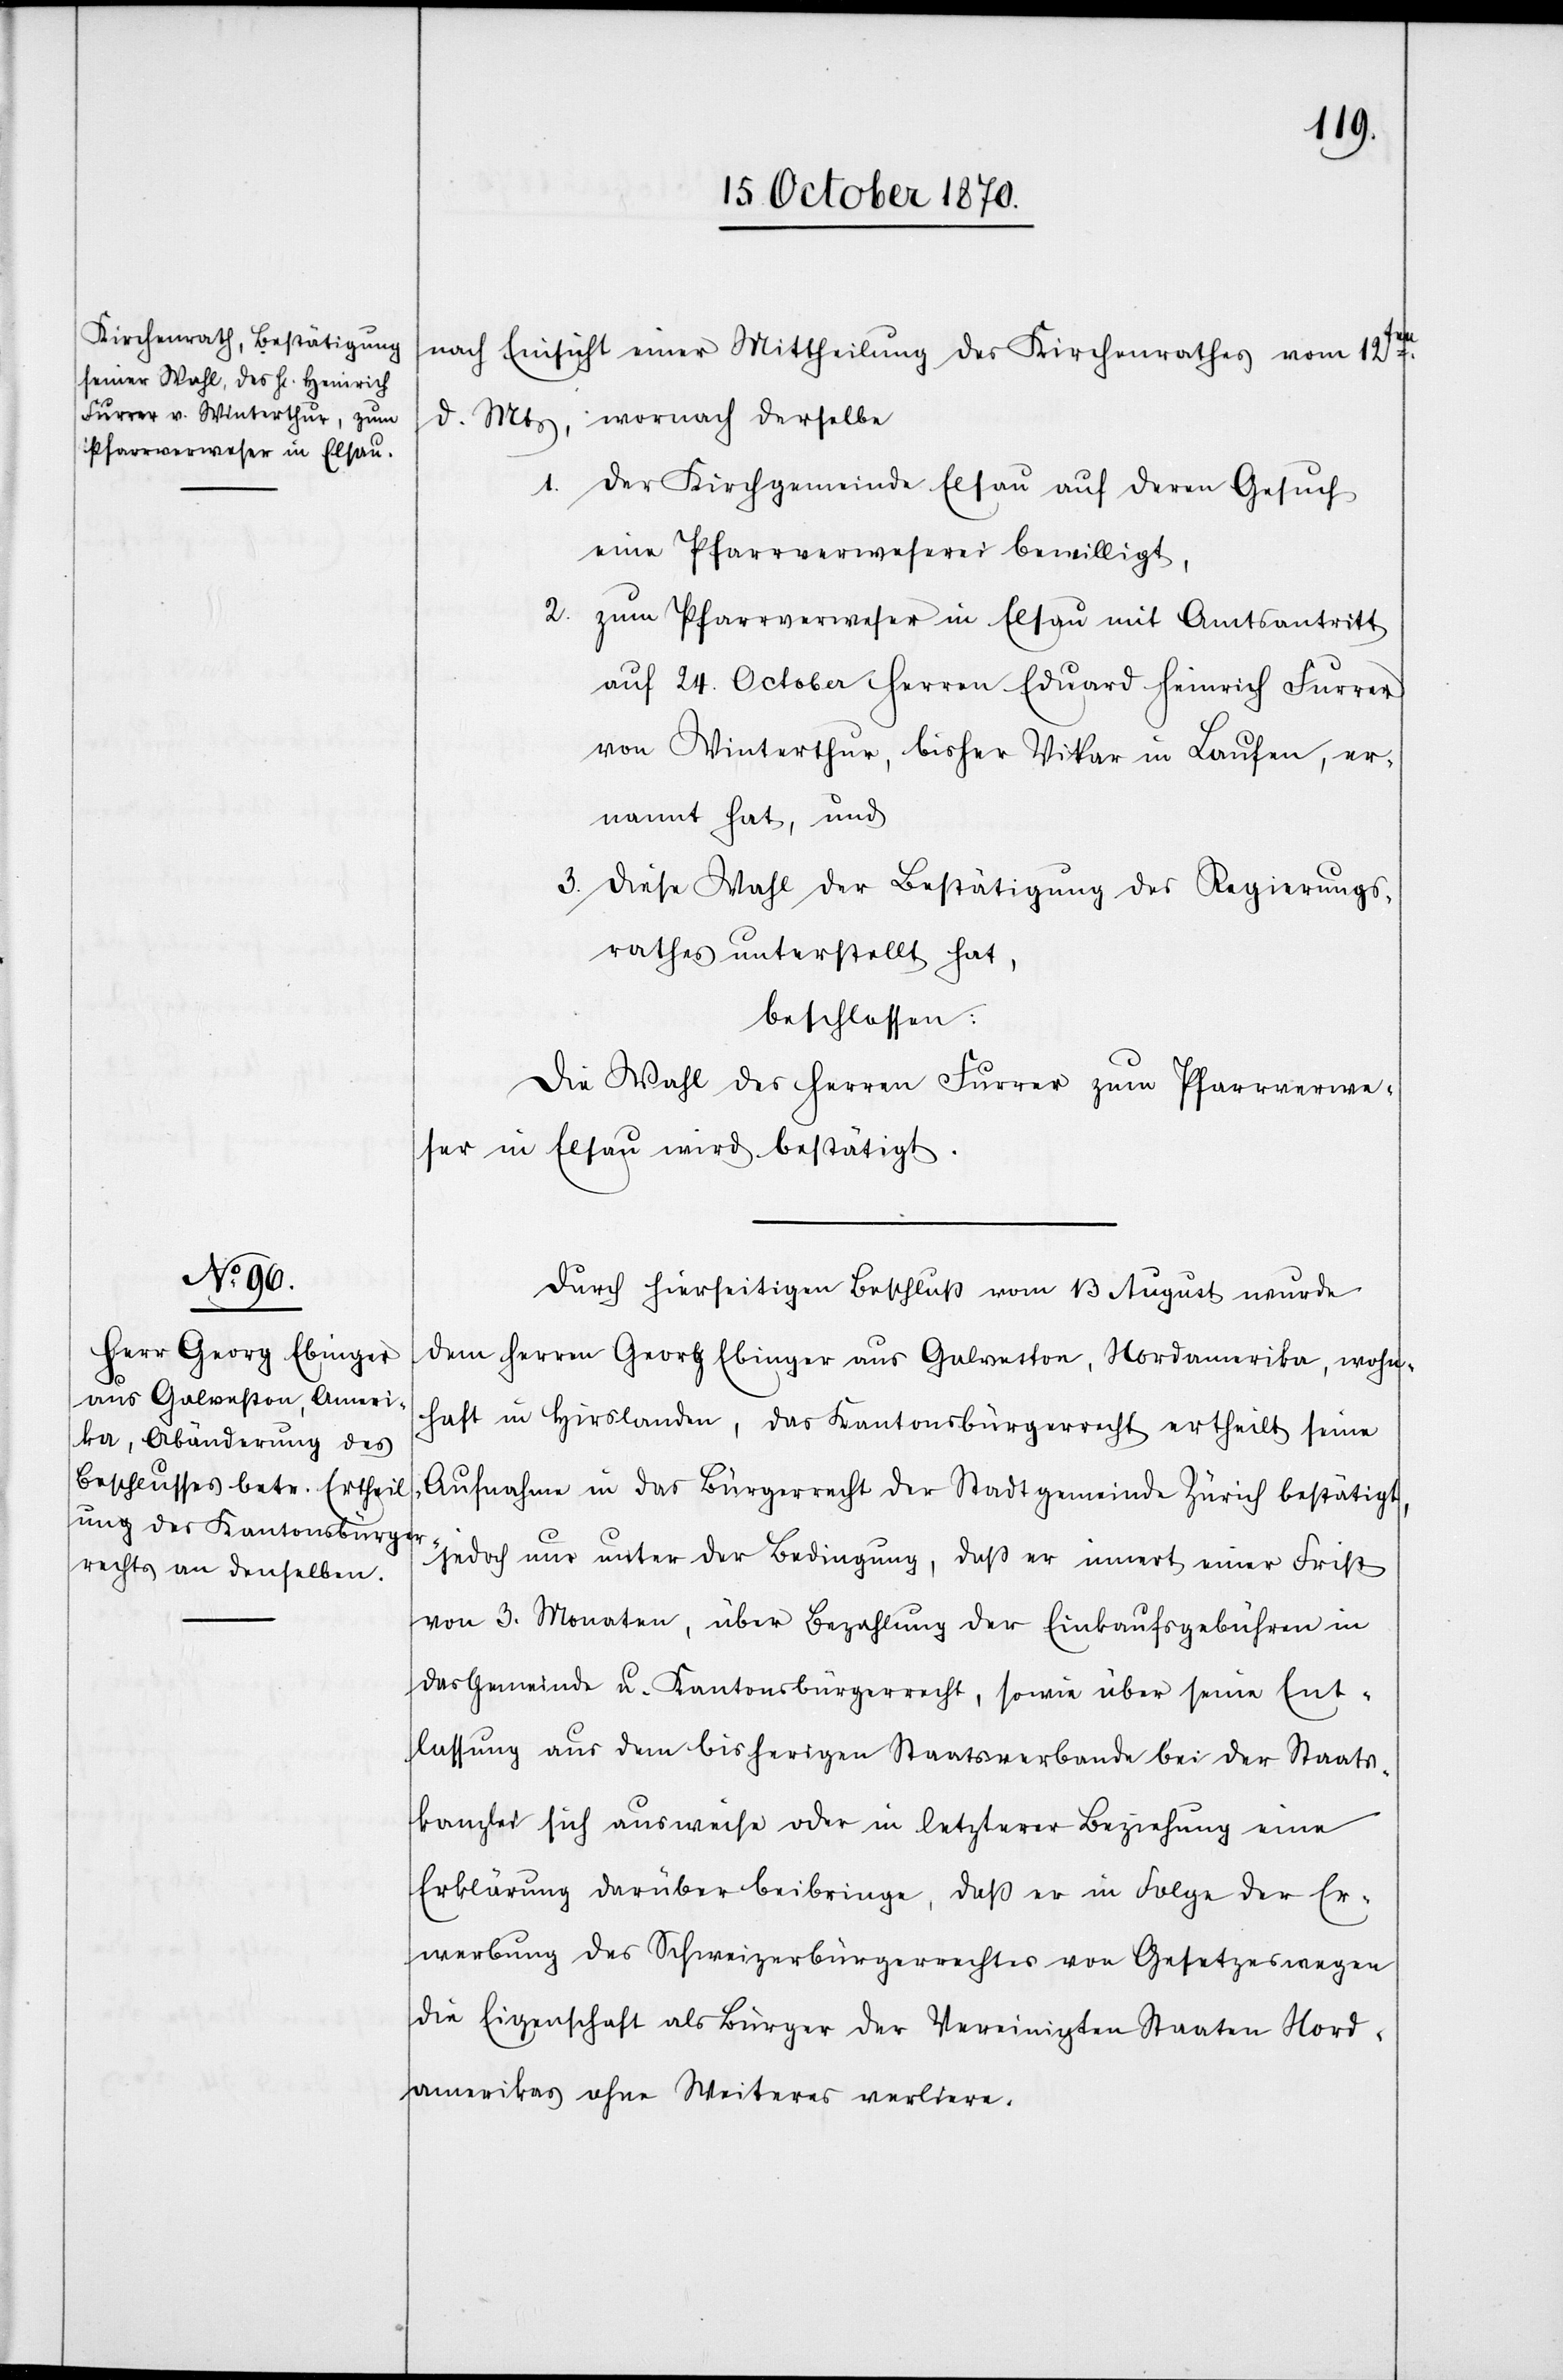
nach Einsicht einer Mittheilung des Kirchenrathes vom 12ten.
d. Mts, wonach derselbe
1. der Kirchgemeinde Elsau auf deren Gesuch
eine Pfarrverweserei bewilligt,
2. zum Pfarrverweser in Elsau mit Amtsantritt
auf 24. October Herren Eduard Heinrich Furrer
von Winterthur, bisher Vikar in Laufen, er¬
nannt hat, und
3. diese Wahl der Bestätigung des Regierungs¬
rathes unterstellt hat,
beschlossen:
Die Wahl des Herren Furrer zum Pfarrverwe¬
ser in Elsau wird bestätigt.
Durch hierseitigen Beschluß vom 13 August wurde
dem Herren Georg Ebinger aus Galveston, Nordamerika, wohn¬
haft in Hirslanden, das Kantonsbürgerrecht ertheilt [&] seine
Aufnahme in das Bürgerrecht der Stadtgemeinde Zürich bestätigt,
jedoch nur unter der Bedingung, daß er innert einer Frist
von 3. Monaten, über Bezahlung der Einkaufsgebühren in
das Gemeinde u. Kantonsbürgerrecht, sowie über seine Ent¬
lassug aus dem bisherigen Staatsverbande bei der Staats¬
kanzlei sich ausweise oder in letzterer Beziehung eine
Erklärung darüber beibringe, daß er in Folge der Er¬
werbung des Schweizerbürgerrechtes von Gesetzes wegen
die Eigenschaft als Bürger der Vereinigten Staaten Nord¬
amerikas ohne Weiteres verliere.